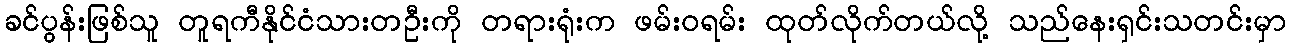
ခင်ပွန်းဖြစ်သူ တူရကီနိုင်ငံသားတဦးကို တရားရုံးက ဖမ်းဝရမ်း ထုတ်လိုက်တယ်လို့ သည်နေးရှင်းသတင်းမှာ